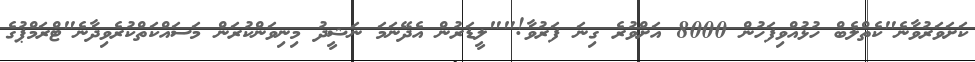
ކަށަވަރުވާނެ"ކެތްލެބް ހުޅުއްވިފަހުން 8000 އަށްވުރެ ގިނަ ފަރުވާ!""ލީޑަރުން އެދޭނަމަ ނަޝީދު މިނިވަންކުރަން މަސައްކަތްކުރެވިދާނެ"ޓްރަމްޕުގެ